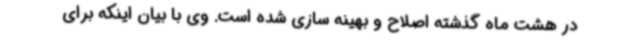
در هشت ماه گذشته اصلاح و بهینه سازی شده است. وی با بیان اینکه برای